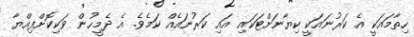
ހިތާމައަކީ އެ ކަރުނައަކީ ކިޔާނަށްޓަކައި އައި ކަރުނައެއް ކަމެވެ. އެ ދެމީހުން ވަކިކޮށްފިއްޔާ